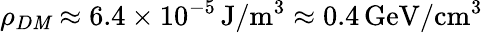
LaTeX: \rho_{D\mathit{M}}\approx6.4\times10^{-5}\, \textrm{{J}}/\textrm{{m}}^{3}\approx0.4\, \textrm{{GeV}}/\textrm{{cm}}^{3}